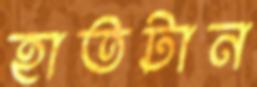
হাতটান